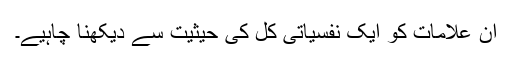
ان علامات کو ایک نفسیاتی کل کی حیثیت سے دیکھنا چاہیے۔